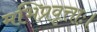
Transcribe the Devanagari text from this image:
मभिप्रवृत्ताः।